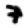
Digit: 7